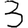
Digit: 3